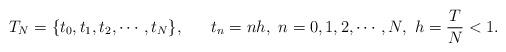
LaTeX: \begin{align*} T_N=\{t_0,t_1,t_2,\cdots,t_N\},~~~~~t_n=nh,~n=0,1,2,\cdots,N,~h=\frac{T}{N}<1.\end{align*}